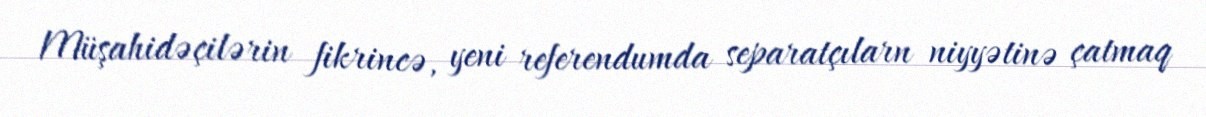
Müşahidəçilərin fikrincə, yeni referendumda separatçılarn niyyətinə çatmaq